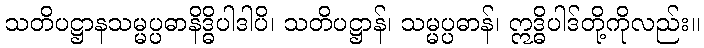
သတိပဋ္ဌာနသမ္မပ္ပဓာနိဒ္ဓိပါဒါပိ၊ သတိပဋ္ဌာန်၊ သမ္မပ္ပဓာန်၊ ဣဒ္ဓိပါဒ်တို့ကိုလည်း။